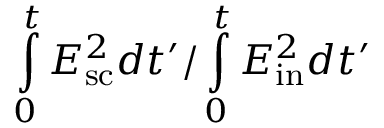
\intop _ { 0 } ^ { t } E _ { \mathrm { s c } } ^ { 2 } d t ^ { \prime } / \intop _ { 0 } ^ { t } E _ { \mathrm { i n } } ^ { 2 } d t ^ { \prime }